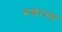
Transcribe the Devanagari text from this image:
रूडरल्स